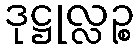
ဒုဋ္ဌုလ္လဉ္စ